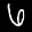
Label: 6